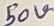
Text: 50V